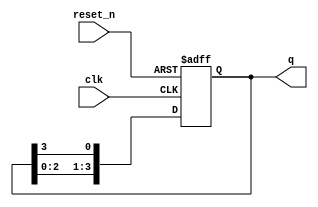
module ring_counter (
    input wire clk,        // Clock input
    input wire reset_n,    // Active-low asynchronous reset
    output reg [N-1:0] q   // Output state of the counter
);
    parameter N = 4; // Number of flip-flops in the ring counter

    // Initial state
    initial begin
        q = 1'b1; // Initialize the first flip-flop to '1'
    end

    always @(posedge clk or negedge reset_n) begin
        if (!reset_n) begin
            // On reset, set the first flip-flop to '1' and others to '0'
            q <= 1'b1;
        end else begin
            // Shift the '1' through the flip-flops
            q <= {q[N-2:0], q[N-1]}; // Shift left and wrap around
        end
    end
endmodule